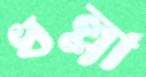
ধল্লা